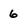
Character: 6